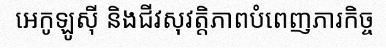
អេកូឡូស៊ី និងជីវសុវត្តិភាពបំពេញភារកិច្ច